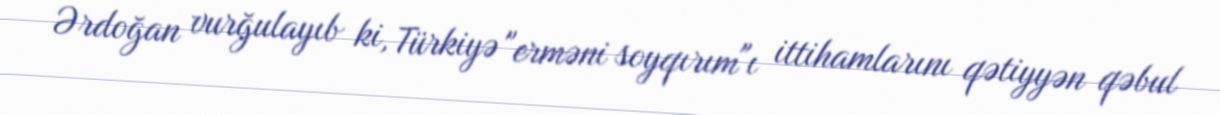
Ərdoğan vurğulayıb ki, Türkiyə "erməni soyqırım"ı ittihamlarını qətiyyən qəbul